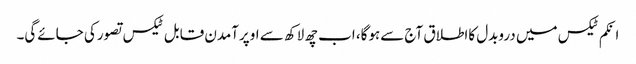
انکم ٹیکس میں دروبدل کااطلاق آج سےہوگا، اب چھ لاکھ سے اوپرآمدن قابل ٹیکس تصورکی جائےگی۔